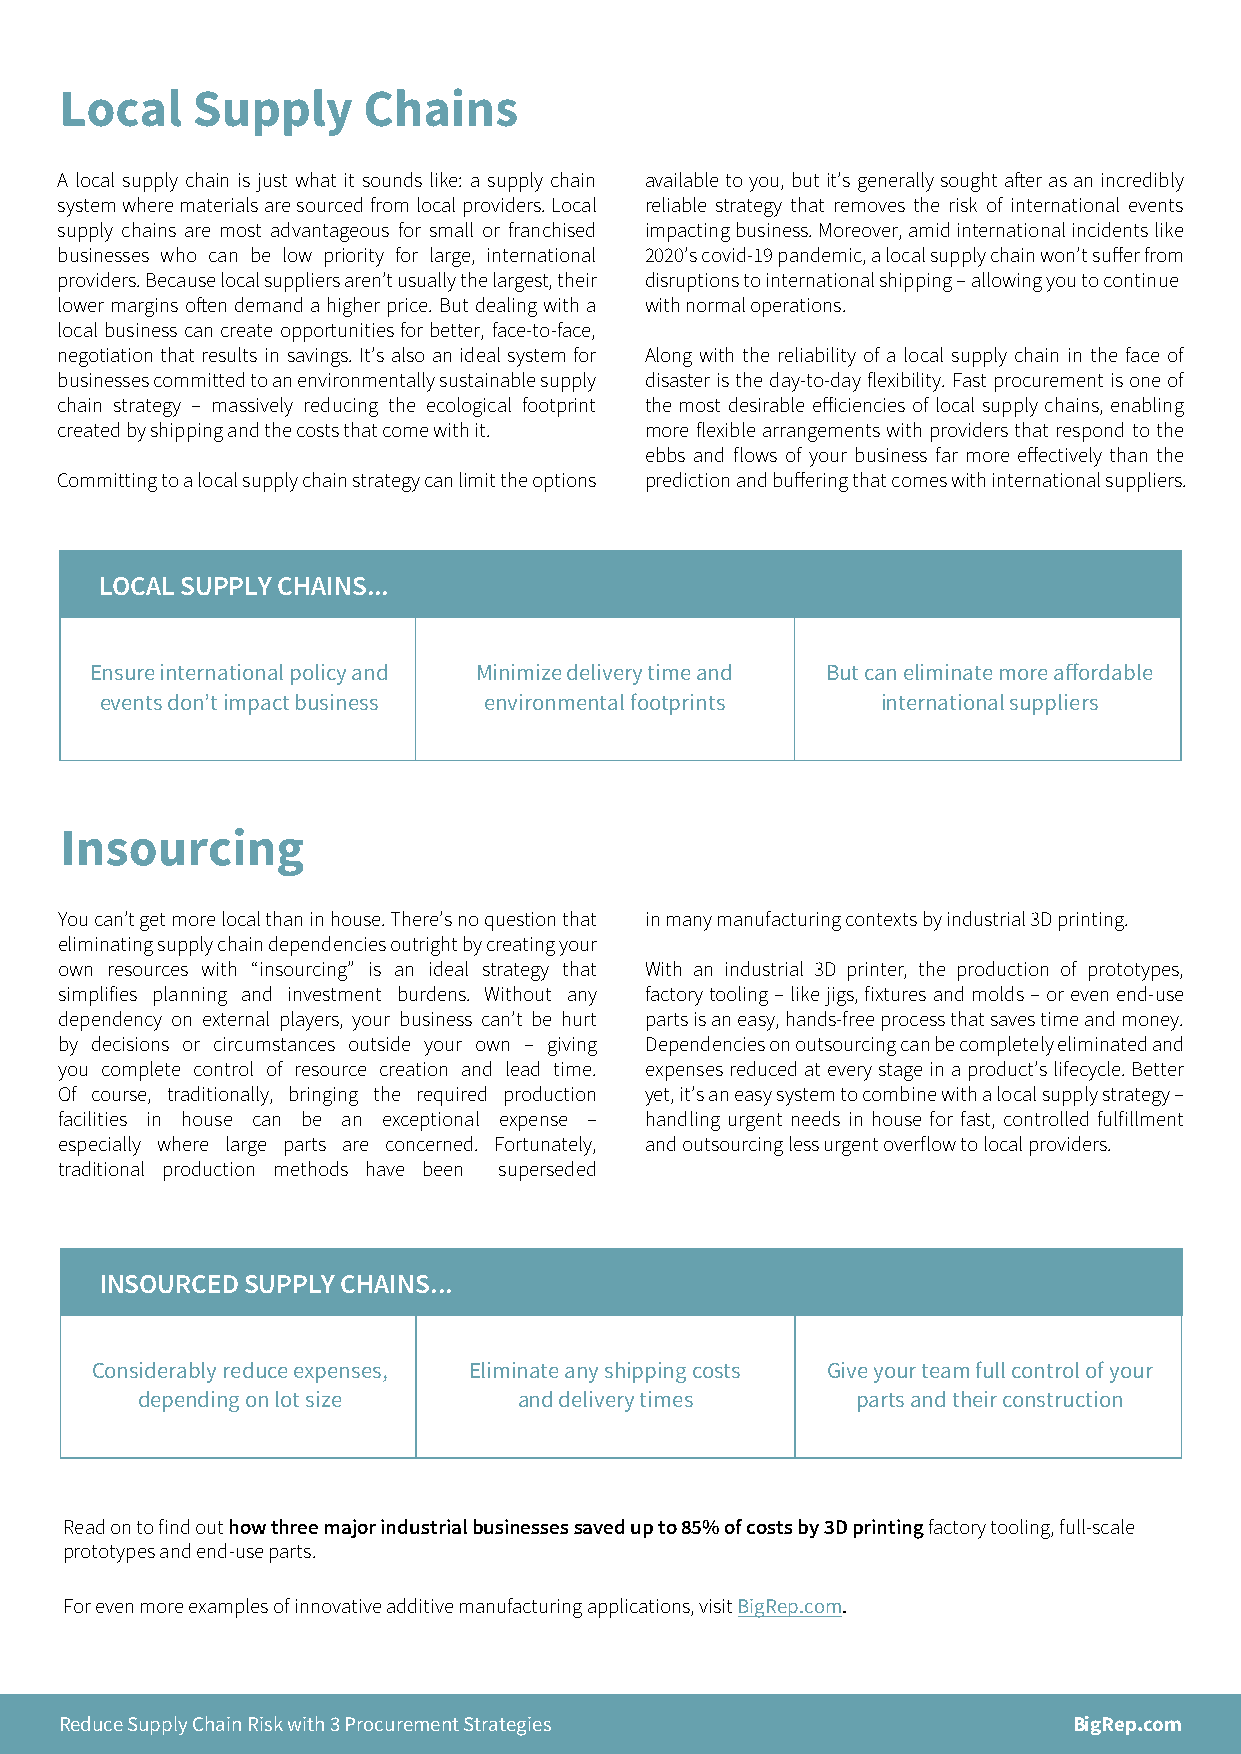
Local    Supply     Chains
 A local supply chain is just what it sounds like: a supply chain available to you, but it’s generally sought after as an incredibly
 system where materials are sourced from local providers. Local reliable strategy that removes the risk of international events
 supply chains are most advantageous for small or franchised impacting business. Moreover, amid international incidents like
 businesses who can be low priority for large, international 2020’s covid-19 pandemic, a local supply chain won’t suffer from
 providers. Because local suppliers aren’t usually the largest, their disruptions to international shipping – allowing you to continue
 lower margins often demand a higher price. But dealing with a with normal operations.
 local business can create opportunities for better, face-to-face,
 negotiation that results in savings. It’s also an ideal system for Along with the reliability of a local supply chain in the face of
 businesses committed to an environmentally sustainable supply disaster is the day-to-day flexibility. Fast procurement is one of
 chain strategy – massively reducing the ecological footprint the most desirable efficiencies of local supply chains, enabling
 created by shipping and the costs that come with it. more flexible arrangements with providers that respond to the
 ebbs and flows of your business far more effectively than the
 Committing to a local supply chain strategy can limit the options prediction and buffering that comes with international suppliers.
 LOCAL SUPPLY CHAINS...
 Ensure international policy and Minimize delivery time and But can eliminate more affordable
 events don’t impact business environmental footprints international suppliers
 Insourcing
 You can’t get more local than in house. There’s no question that in many manufacturing contexts by industrial 3D printing.
 eliminating supply chain dependencies outright by creating your
 own resources with “insourcing” is an ideal strategy that With an industrial 3D printer, the production of prototypes,
 simplifies planning and investment burdens. Without any factory tooling – like jigs, fixtures and molds – or even end-use
 dependency on external players, your business can’t be hurt parts is an easy, hands-free process that saves time and money.
 by decisions or circumstances outside your own – giving D ependencies on outsourcing can be completely eliminated and
 you complete control of resource creation and lead time. e x penses reduced at every stage in a product’s lifecycle. Better
 Of course, traditionally, bringing the required production yet, it’s an easy system to combine with a local supply strategy –
 facilities in house can be an exceptional expense – h andling urgent needs in house for fast, controlled fulfillment
 especially where large parts are concerned. Fortunately, a n d o utsourcing less urgent overflow to local providers.
 traditional production methods have been superseded
 INSOURCED SUPPLY CHAINS...
 Considerably reduce expenses, Eliminate any shipping costs Give your team full control of your
 depending on lot size    and delivery times     parts and their construction
 Read on to find out how three major industrial businesses saved up to 85% of costs by 3D printing factory tooling, full-scale
 prototypes and end-use parts.
 For even more examples of innovative additive manufacturing applications, visit BigRep.com.
 Reduce Supply Chain Risk with 3 Procurement Strategies             BigRep.com